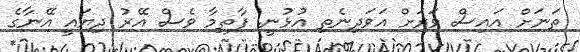
ތަނަށް އައިސް ވަރަށް އަވަދިނެތި އުޅުނީ. ފާތިމާ ވެސް އޭރު ދިޔައީ އޭނާގެ